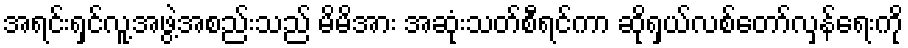
အရင်းရှင်လူ့အဖွဲ့အစည်းသည် မိမိအား အဆုံးသတ်စီရင်ကာ ဆိုရှယ်လစ်တော်လှန်ရေးကို